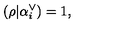
( \rho | \alpha _ { i } ^ { \vee } ) = 1 ,